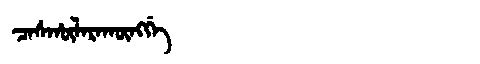
Manchu: ᠴᠠᠰᡥᡡᠯᠠᡵᠠᡴᡡᠩᡤᡝ
Romanization: CASHŪLARAKŪNGGE